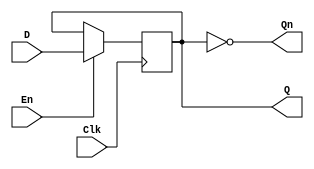
module edge_triggered_gated_latch (
    input wire D,      // Data Input
    input wire Clk,    // Clock
    input wire En,     // Enable
    output reg Q,      // Output
    output wire Qn     // Complementary Output
);

    // Complementary output
    assign Qn = ~Q;

    // Edge-triggered logic with enable
    always @(posedge Clk) begin
        if (En) begin
            Q <= D;  // Capture the value of D when Enable is high
        end
        // If En is low, retain previous value of Q (no need to do anything)
    end

endmodule